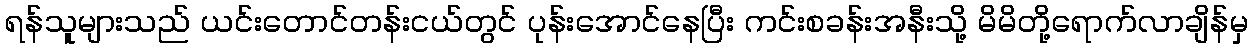
ရန်သူများသည် ယင်းတောင်တန်းငယ်တွင် ပုန်းအောင်နေပြီး ကင်းစခန်းအနီးသို့ မိမိတို့ရောက်လာချိန်မှ